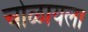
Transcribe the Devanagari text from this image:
चोळायला